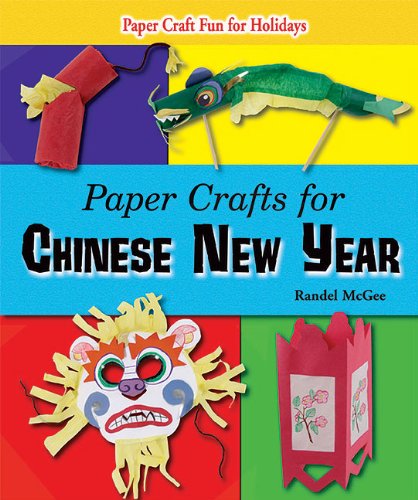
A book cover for Paper Crafts for Chinese New Year (Paper Craft Fun for Holidays); Randel McGee; Children's Books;